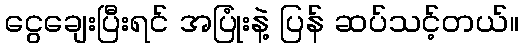
ငွေချေးပြီးရင် အပြုံးနဲ့ ပြန် ဆပ်သင့်တယ်။